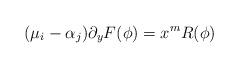
LaTeX: \begin{align*}(\mu_i-\alpha_{j})\partial_yF(\phi)= x^{m}R(\phi)\end{align*}